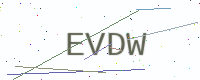
Text: EVDW